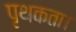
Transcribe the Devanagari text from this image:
पृथकता।